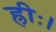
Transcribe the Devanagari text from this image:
ह्रीः।